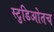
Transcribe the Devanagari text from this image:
स्टुडिओतच